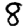
Digit: 8